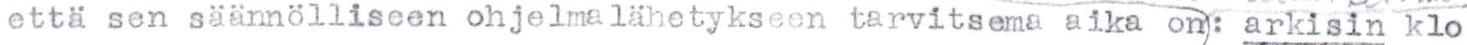
että sen säännölliseen ohjelmalähetykseen tarvitsema aika on: arkisin klo